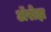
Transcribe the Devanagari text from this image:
ॲरोझ